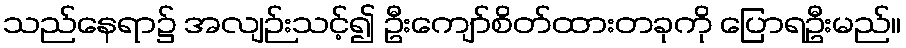
သည်နေရာ၌ အလျဉ်းသင့်၍ ဦးကျော်စိတ်ထားတခုကို ပြောရဦးမည်။